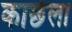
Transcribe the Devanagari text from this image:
काछेला